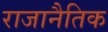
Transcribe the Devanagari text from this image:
राजानैतिक